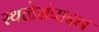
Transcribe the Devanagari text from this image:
स्थळेसंपादन